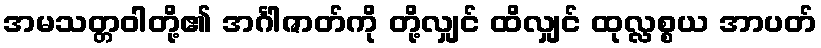
အမသတ္တဝါတို့၏ အင်္ဂါဇာတ်ကို တို့လျှင် ထိလျှင် ထုလ္လစ္စယ အာပတ်